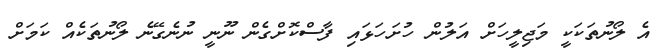
އެ ލޯނުތަކަކީ މަޖިލީހަށް އަލުން ހުށަހަޅައި ފާސްކޮށްގެން ނޫނީ ނުނެގޭނެ ލޯނުތަކެއް ކަމަށް